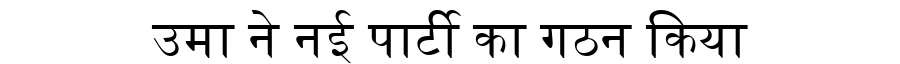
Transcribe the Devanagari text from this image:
उमा ने नई पार्टी का गठन किया